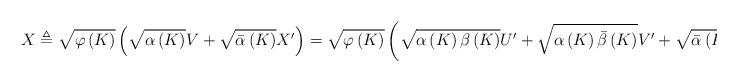
LaTeX: \begin{align*}X\triangleq \sqrt{\varphi \left( K\right)}\left( \sqrt{\alpha \left( K\right)} V+\sqrt{\bar{\alpha}\left(K \right)}X'\right)=\sqrt{\varphi \left(K \right)}\left( \sqrt{\alpha \left( K\right) \beta \left( K\right)} U'+ \sqrt{\alpha \left( K\right) \bar{\beta} \left( K\right)} V'+\sqrt{\bar{\alpha} \left( K \right)}X'\right).\end{align*}